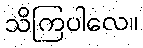
သိကြပါလေ။